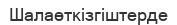
Шалаөткізгіштерде